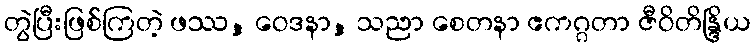
တွဲပြီးဖြစ်ကြတဲ့ ဖဿ, ဝေဒနာ, သညာ စေတနာ ဧကဂ္ဂတာ ဇီဝိတိန္ဒြိယ